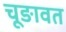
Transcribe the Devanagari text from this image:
चूङावत